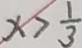
x > \frac { 1 } { 3 }